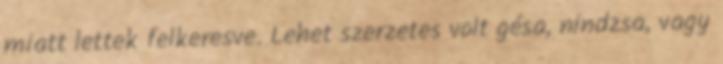
miatt lettek felkeresve. Lehet szerzetes volt gésa, nindzsa, vagy